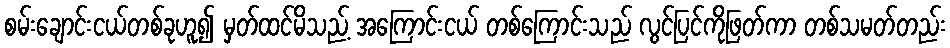
စမ်းချောင်းငယ်တစ်ခုဟူ၍ မှတ်ထင်မိသည့် အကြောင်းငယ် တစ်ကြောင်းသည် လွင်ပြင်ကိုဖြတ်ကာ တစ်သမတ်တည်း